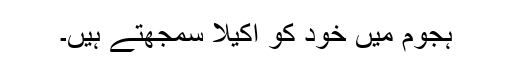
ہجوم میں خود کو اکیلا سمجھتے ہیں۔